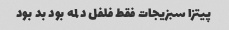
پیتزا سبزیجات فقط فلفل دلمه بود بد بود